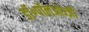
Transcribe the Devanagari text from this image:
डॉ॰पॉलओज्ज़ी